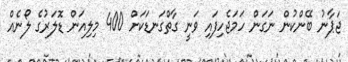
ޖަޕާނު ބޭންކުން ނަގަން ހަމަޖެހިފައި ވަނީ ގާތްގަނޑަކަށް 400 މިލިއަން ޑޮލަރުގެ ލޯނެއް